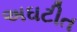
અઘટીત